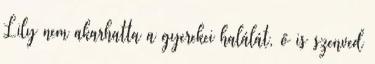
Lily nem akarhatta a gyerekei halálát, ő is szenved